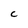
Character: C